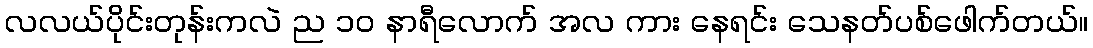
လလယ်ပိုင်းတုန်းကလဲ ည ၁၀ နာရီလောက် အလ ကား နေရင်း သေနတ်ပစ်ဖေါက်တယ်။